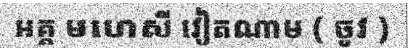
អគ្គ មហេសី វៀតណាម ( ចូវ )